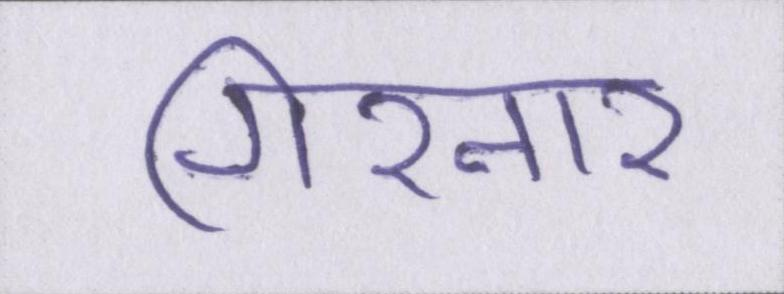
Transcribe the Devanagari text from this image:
गिरनार